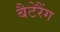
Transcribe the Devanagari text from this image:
बैटेरैंग